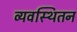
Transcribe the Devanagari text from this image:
व्यवस्थितन